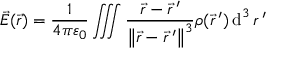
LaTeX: { \vec { E } } ( { \vec { r } } ) = { \frac { 1 } { 4 \pi \varepsilon _ { 0 } } } \iiint { \frac { { \vec { r } } - { \vec { r } } \, ^ { \prime } } { \left\| { \vec { r } } - { \vec { r } } \, ^ { \prime } \right\| ^ { 3 } } } \rho ( { \vec { r } } \, ^ { \prime } ) \operatorname { d } ^ { 3 } r \, ^ { \prime }